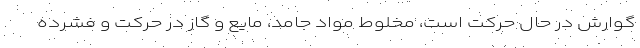
گوارش در حال حرکت است، مخلوط مواد جامد، مایع و گاز در حرکت و فشرده